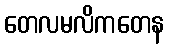
တေလမလိကတေန